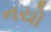
નયો